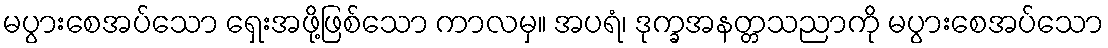
မပွားစေအပ်သော ရှေးအဖို့ဖြစ်သော ကာလမှ။ အပရံ၊ ဒုက္ခအနတ္တသညာကို မပွားစေအပ်သော